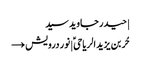
| حیدر جاوید سید
حُر بن یزید الریاحیؑ | نور درویش →